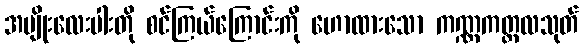
အမျိုးလေးပါးတို စင်ကြယ်ကြောင်းကို ဟောထားသော ကဏ္ဏကတ္ထလသုတ်